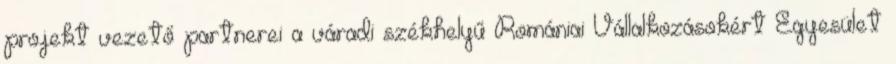
projekt vezető partnerei a váradi székhelyű Romániai Vállalkozásokért Egyesület